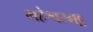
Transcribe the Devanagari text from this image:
महेश्वरभट्ट